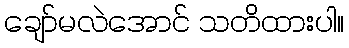
ချော်မလဲအောင် သတိထားပါ။